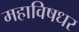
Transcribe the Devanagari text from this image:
महाविषधर